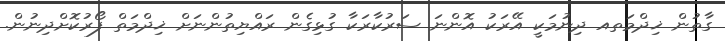
ގާތުން ޚިދްމަތއ ދިނުމަކީ އޭރަކު އޮންނަ ސަރުކާރަކާ ގުޅިގެން ރައްޔިތުންނަށް ޚިދްމަތް ފޯރުކޮށްދިނުން.